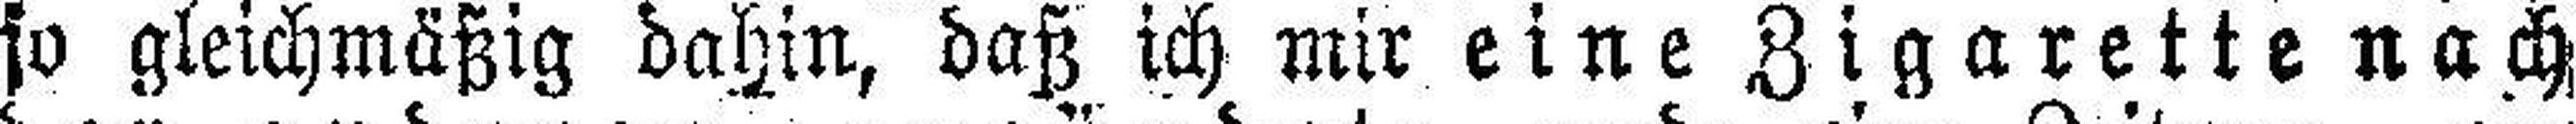
so gleichmäßig dahin, daß ich mir eine Zigarette nach